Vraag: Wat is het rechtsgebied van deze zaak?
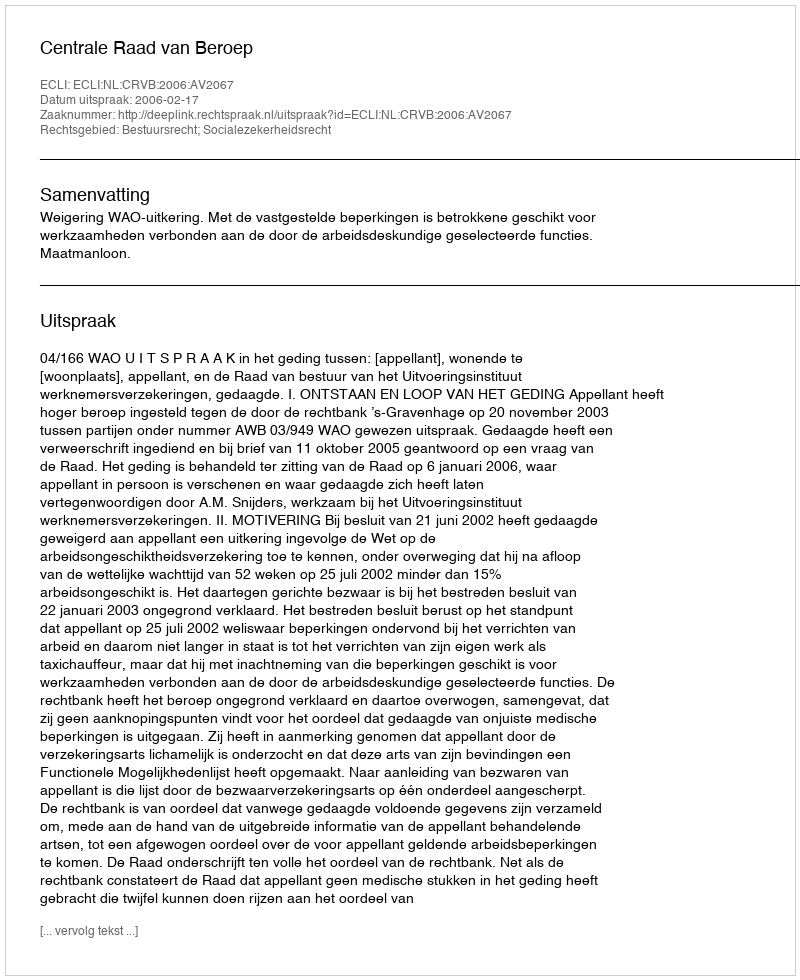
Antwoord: Bestuursrecht; Socialezekerheidsrecht